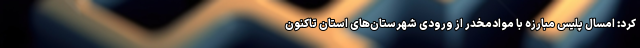
کرد: امسال پلیس مبارزه با موادمخدر از ورودی شهرستان‌های استان تاکنون